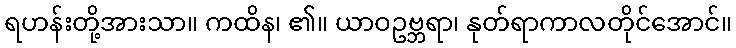
ရဟန်းတို့အားသာ။ ကထိန၊ ၏။ ယာဝဥဗ္ဘရာ၊ နုတ်ရာကာလတိုင်အောင်။